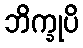
ဘိက္ခုပိ